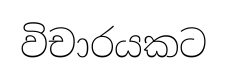
විචාරයකට